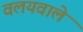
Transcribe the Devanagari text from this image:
वलयवाले